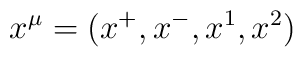
x^\mu = ( x^+, x^-,x^1,x^2)